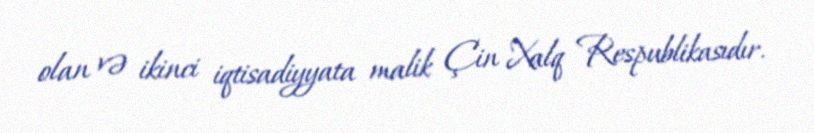
olan və ikinci iqtisadiyyata malik Çin Xalq Respublikasıdır.